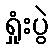
ရှုံးပွဲ